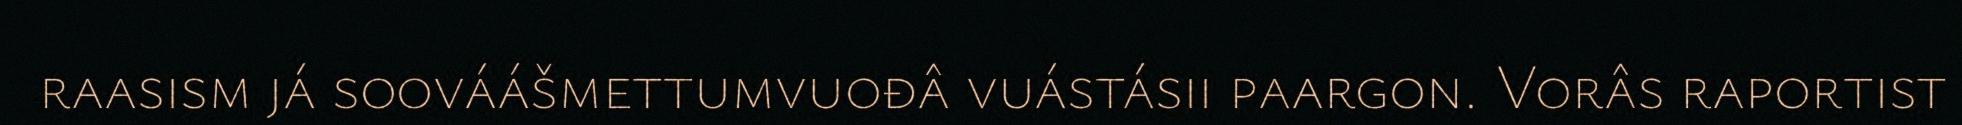
raasism já soováášmettumvuođâ vuástásii paargon. Vorâs raportist